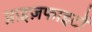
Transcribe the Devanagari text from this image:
प्राइज़फाइटों